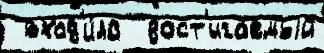
 вход'и́ла  дост'ига́емый